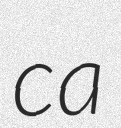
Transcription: ca